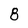
Character: 8